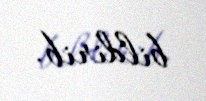
bildirib.